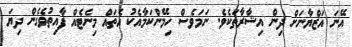
އޭނަ އަޒްޔާނަށް ދިން އިޝާރާތަކެވެ. ނަމަވެސް ހިމޭންކަމާއެކު އެތައް މިނެޓެއް ފާއިތުވެގެން ދިޔަ